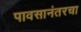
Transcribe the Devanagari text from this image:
पावसानंतरचा